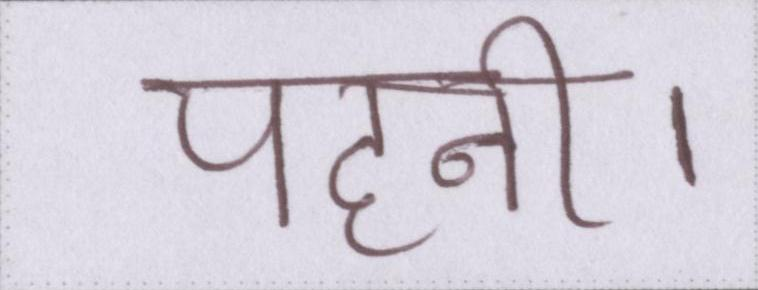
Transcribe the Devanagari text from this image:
पहनी।